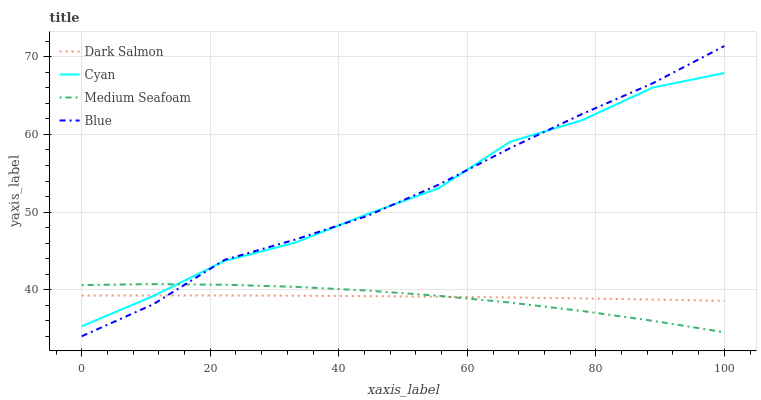
| xaxis_label | Dark Salmon | Cyan | Medium Seafoam | Blue |
 | --- | --- | --- | --- | --- |
 | 0 | 39.2 | 35.3 | 40.6 | 34 |
 | 11.1 | 39.3 | 39.2 | 40.7 | 38.1 |
 | 22.2 | 39.2 | 43.7 | 40.6 | 43.8 |
 | 33.3 | 39.2 | 46.1 | 40.4 | 46.5 |
 | 44.4 | 39.2 | 49.7 | 39.9 | 49.5 |
 | 55.6 | 39.1 | 53.1 | 39.2 | 53.5 |
 | 66.7 | 39 | 59.1 | 38.3 | 58.2 |
 | 77.8 | 38.9 | 61.8 | 37.3 | 62.6 |
 | 88.9 | 38.7 | 66 | 36 | 66.6 |
 | 100 | 38.6 | 67.9 | 34.5 | 71.4 |